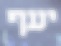
יעף